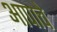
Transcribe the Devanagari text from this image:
आपाचे